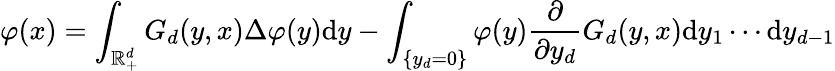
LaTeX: \varphi(x)=\int_{\mathbb{R}_{+}^{d}}G_{d}(y,x)\Delta\varphi(y)\mathrm{d}y-\int_{\{ y_{d}=0\} }\varphi(y)\frac{\partial}{\partial y_{d}}G_{d}(y,x)\mathrm{d}y_{1}\cdots\mathrm{d}y_{d-1}